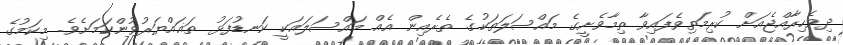
ދިވެހިރާއްޖެއަށް ކުރިމަތިވެފައިވާ ތިމާވެށީގެ މައްސަލަތަކުގެ ތެރެއިން އެއް މައްސަލައަކީ ކަނޑުފަޅު ތަޣައްޔަރުވުންކަމަށެވެ. މިކަމުގެ